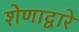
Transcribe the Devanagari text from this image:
शेणाद्वारे